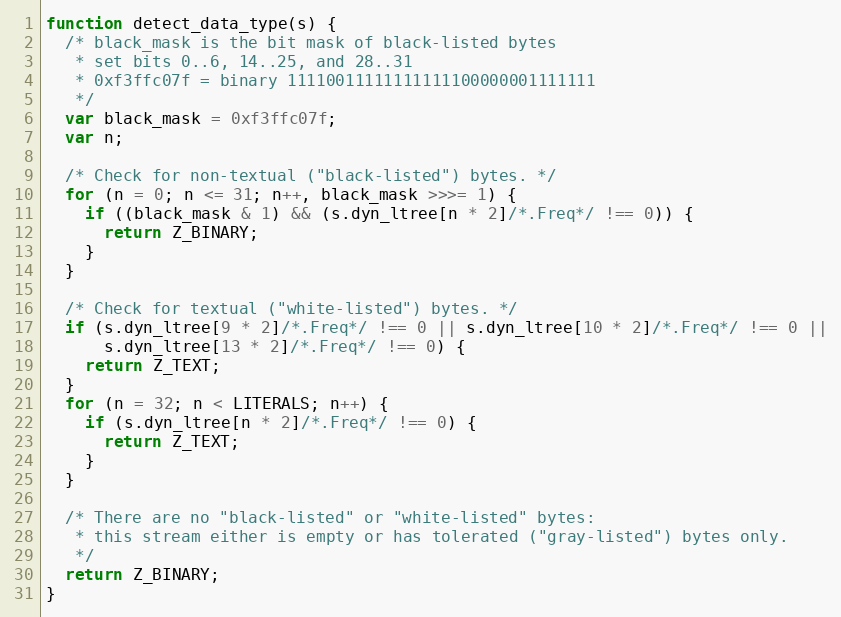
Language: JavaScript
function detect_data_type(s) {
  /* black_mask is the bit mask of black-listed bytes
   * set bits 0..6, 14..25, and 28..31
   * 0xf3ffc07f = binary 11110011111111111100000001111111
   */
  var black_mask = 0xf3ffc07f;
  var n;

  /* Check for non-textual ("black-listed") bytes. */
  for (n = 0; n <= 31; n++, black_mask >>>= 1) {
    if ((black_mask & 1) && (s.dyn_ltree[n * 2]/*.Freq*/ !== 0)) {
      return Z_BINARY;
    }
  }

  /* Check for textual ("white-listed") bytes. */
  if (s.dyn_ltree[9 * 2]/*.Freq*/ !== 0 || s.dyn_ltree[10 * 2]/*.Freq*/ !== 0 ||
      s.dyn_ltree[13 * 2]/*.Freq*/ !== 0) {
    return Z_TEXT;
  }
  for (n = 32; n < LITERALS; n++) {
    if (s.dyn_ltree[n * 2]/*.Freq*/ !== 0) {
      return Z_TEXT;
    }
  }

  /* There are no "black-listed" or "white-listed" bytes:
   * this stream either is empty or has tolerated ("gray-listed") bytes only.
   */
  return Z_BINARY;
}